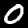
Digit: 0